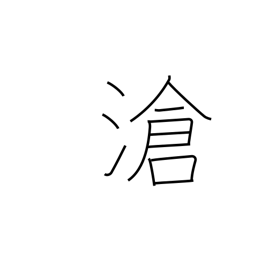
Meaning: ocean